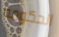
الحكومه